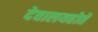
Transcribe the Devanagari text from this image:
देवालयहोते